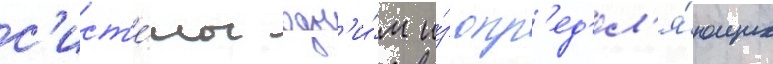
с'ист'е́мы одн'и́м и́з опр'ед'ел'я́ющих